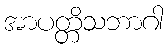
အာပတ္တိသဘာဂါ